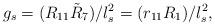
LaTeX: \begin{align*}g_s = (R_{11}\tilde{R}_7) /l_s^2 = (r_{11} R_1) / l_s^2 , \end{align*}